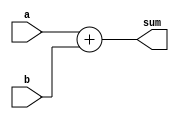
module Adder #(
 parameter WIDTH =8,
 parameter SHIFT =0) (
  input [WIDTH-1:0] a,
  input [WIDTH-1:0] b,
  output [WIDTH-1+SHIFT:0] sum) ; 
  assign sum=(a+b)<<SHIFT; 
endmodule
 
module TopModule (
  input [7:0] a1,
  input [7:0] b1,
  input [15:0] a2,
  input [15:0] b2,
  output [7:0] sum1,
  output [15+1:0] sum2) ; 
  Adder #(.WIDTH(8),.SHIFT(0))adder1(.a(a1),.b(b1),.sum(sum1)); 
  Adder #(.WIDTH(16),.SHIFT(1))adder2(.a(a2),.b(b2),.sum(sum2)); 
endmodule